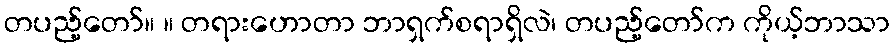
တပည့်တော်။ ။ တရားဟောတာ ဘာရှက်စရာရှိလဲ၊ တပည့်တော်က ကိုယ့်ဘာသာ